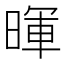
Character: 暉